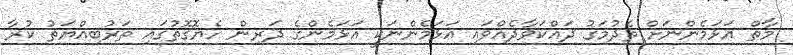
މާތް އަޅަމެންނަށް ތެދުމަގު ދައްކަވާދެއްވައި އަޅަމެންނަކީ އަޅަމެންގެ ދަރިން ހެޔޮގޮތުގައި ތަރުބިއްޔަތު ކުރާ